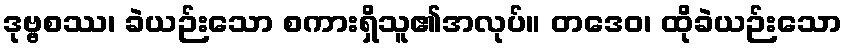
ဒုဗ္ဗစဿ၊ ခဲယဉ်းသော စကားရှိသူ၏အလုပ်။ တဒေဝ၊ ထိုခဲယဉ်းသော